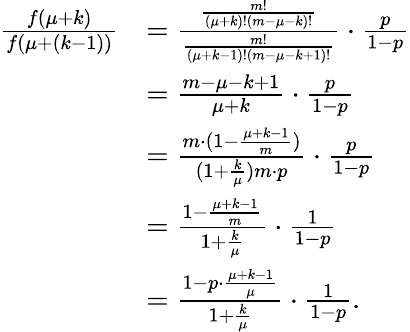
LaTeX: \begin{array}{rl}{\frac{f(\mu+k)}{f(\mu+(k-1))}}&{=\frac{\frac{m!}{(\mu+k)!(m-\mu-k)!}}{\frac{m!}{(\mu+k-1)!(m-\mu-k+1)!}}\cdot\frac{p}{1-p}}\\ &{=\frac{m-\mu-k+1}{\mu+k}\cdot\frac{p}{1-p}}\\ &{=\frac{m\cdot(1-\frac{\mu+k-1}{m})}{(1+\frac{k}{\mu})m\cdot p}\cdot\frac{p}{1-p}}\\ &{=\frac{1-\frac{\mu+k-1}{m}}{1+\frac{k}{\mu}}\cdot\frac{1}{1-p}}\\ &{=\frac{1-p\cdot\frac{\mu+k-1}{\mu}}{1+\frac{k}{\mu}}\cdot\frac{1}{1-p}.}\end{array}